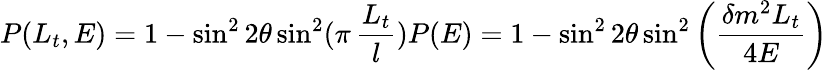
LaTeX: P(L_{t},E)=1-\sin^{2}2\theta\sin^{2}(\pi\, \frac{L_{t}}{l})P(E)=1-\sin^{2}2\theta\sin^{2}\left(\frac{\delta m^{2}L_{t}}{4E}\right)